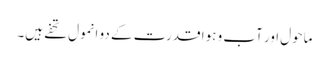
ماحول اور آب و ہوا قدرت کے دو انمول تحفے ہیں۔